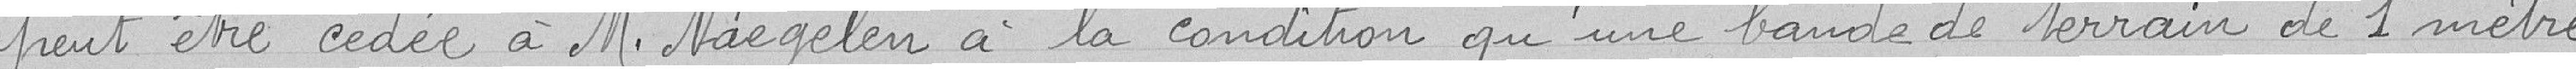
peut être cédée à Monsieur Naegelen à la condition qu'une bande de terrain de 1 mètre